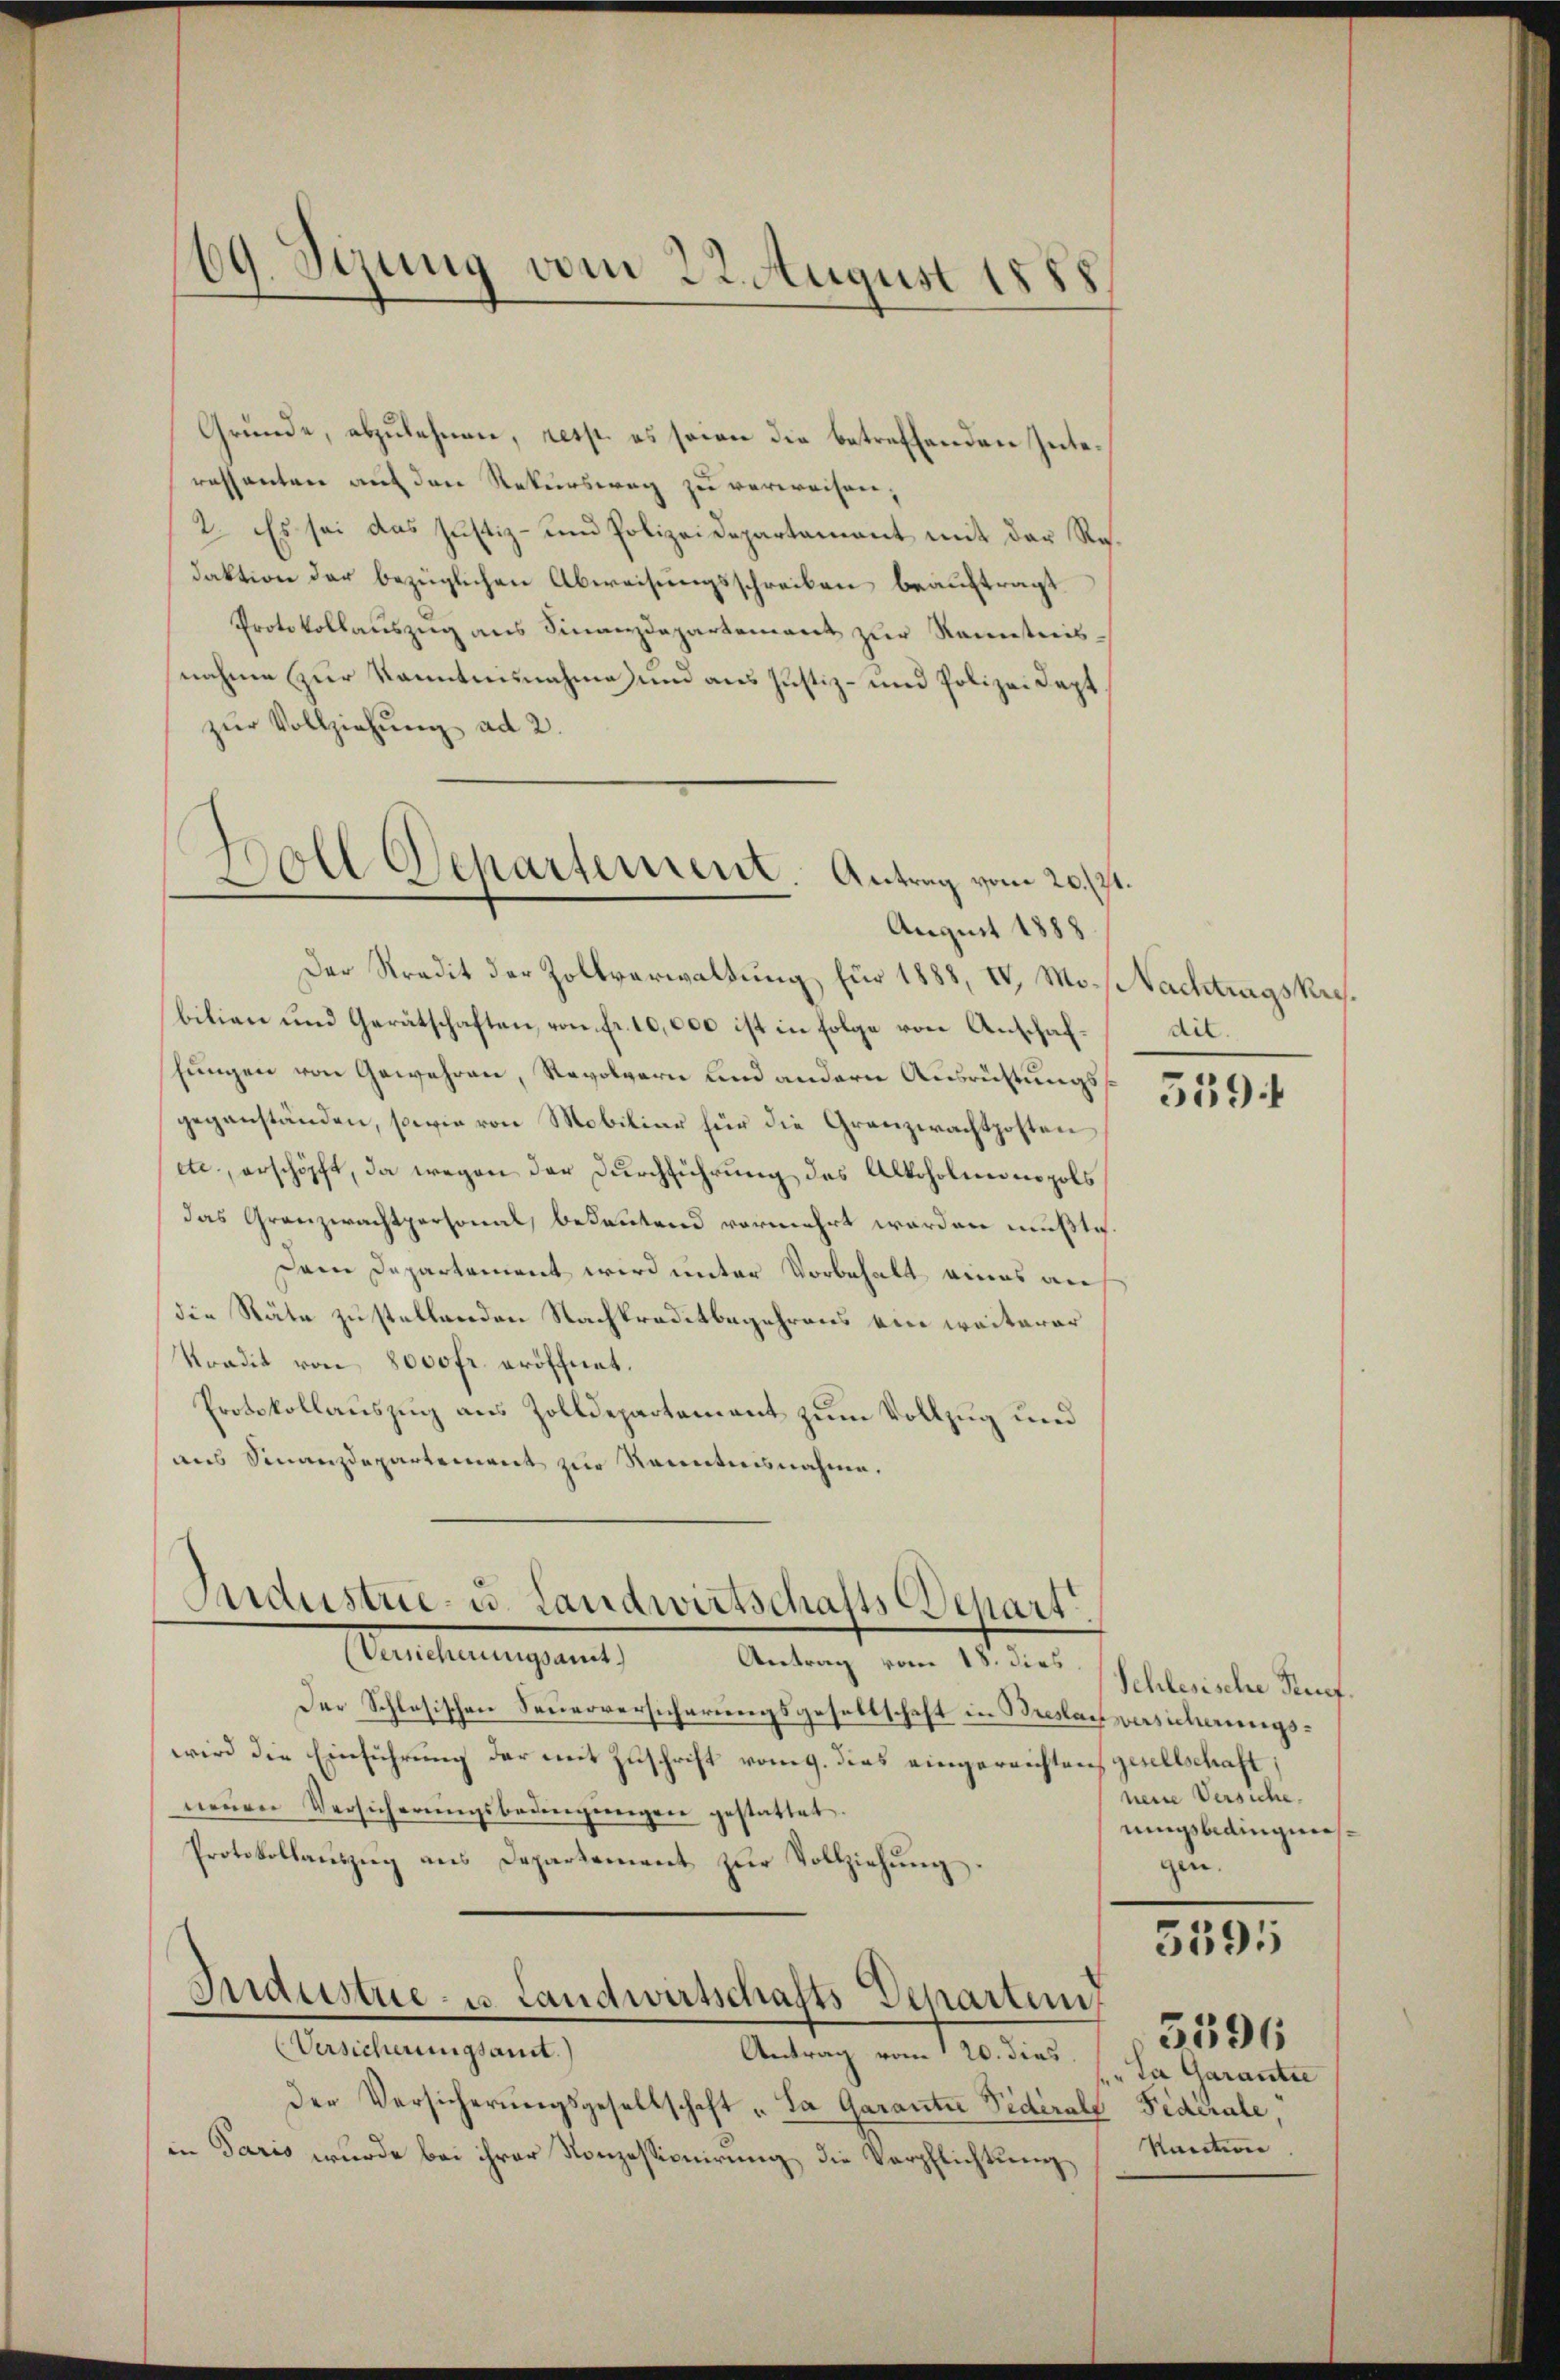
Gründe, abzulehnen, resp. es seien die betreffenden Interessanten auf den Rekursweg zu verweisen,
2. Es sei das Justiz- und Polizeidepartament mit der Redaktion der bezüglichen Abweisungsschreiben beauftragt
Protokollauszug aus Finanzdepartement zur Renntnisnahme zur Kanntesnahme und aus Justiz- und Polizeidept.
zŭr Vollziehung ad 2.
Der Stradit der Zollverwaltung für 1888, IV, Mo-Nachtrags Reisbilien und Gerätschaften, von fr. 10,000 ist in Folge von Anschafhungen von Gewehren, Revolgern und andern Ausrüstungsgegenständen, sowie von Mobiliar für die Granzwachtposten
etc., erschöpft, da wegen der Durchführung des Alkoholmonopols
das Granzwachtpersonal, bedeutend vermehrt worden mußte.
Dem Departement wird unter Vorbehalt eines an
die Räte zustellenden Nachkraditbegehrens ein weiterer
Sradit von 8000fr. eröffnet.
Protokollauszug aus Zolldepartement zum Vollzug und
aus Sinanzdepartement zur Kenntnisnahme.

69. Sezung vom 22. August 1888

Soll Departement Antrag vom 20. 17t
August 1888

Industrie- u. Landwirtschafts-Depart
Caestimmungen

Antrag vom 18. dies
Der Schlesischen Feuerversicherungsgesellschaft in Breslau versicherungswird die Einführung der mit Zuschrift vom 9. dies eingereichten gesellschaft,
neŭen Versicherŭngsbedingŭngen gestattet.
Protokollauszug aus Departement zur Vollziehung.
Industrie - u. Landwirtschafts Departen,
Versicherungsant.
Antrag vom 20. dies
der Versicherŭngsgesellschaft „La Garante Vidérale Federale,
in Paris wurde bei ihrer Konzessionirung, die Verpflichtung

dit.

5594

Schlesische Auf
nene Versiche.
mugsbedingnisgen.

5395

Da Garantie
Kaution

3596